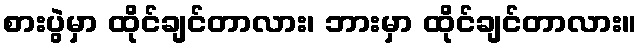
စားပွဲမှာ ထိုင်ချင်တာလား၊ ဘားမှာ ထိုင်ချင်တာလား။